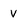
Character: v